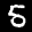
Label: 5